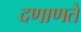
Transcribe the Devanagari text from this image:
दणाणते